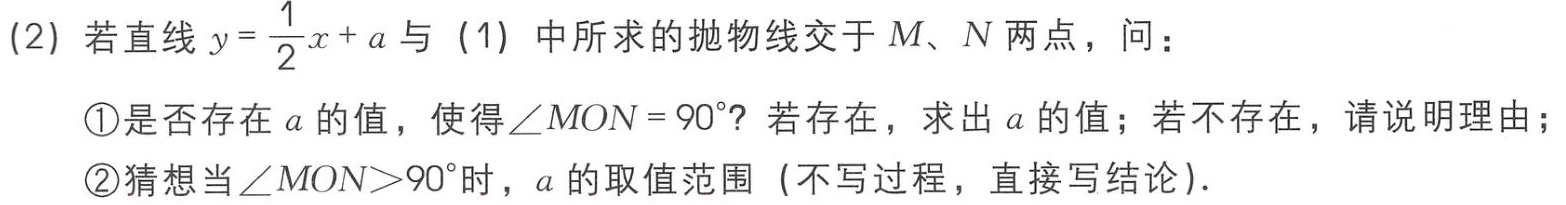
(2) 若直线 \(y = \frac{1}{2}x + a\) 与（1）中所求的抛物线交于 \(M、N\) 两点，问：
\textcircled{1}是否存在 \(a\) 的值，使得 \(\angle MON = 90^{\circ}\)？若存在，求出 \(a\) 的值；若不存在，请说明理由；
\textcircled{2}猜想当 \(\angle MON>90^{\circ}\) 时，\(a\) 的取值范围（不写过程，直接写结论）.